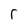
Character: r